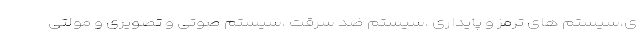
ی،سیستم های ترمز و پایداری ،سیستم ضد سرقت ،سیستم صوتی و تصویری و مولتی